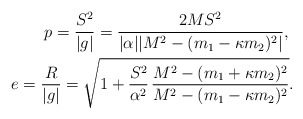
\begin{align*}p = \frac{S^2}{\vert g\vert} = \frac{2MS^2}{\vert \alpha \vert \vert M^2 -(m_1 - \kappa m_2)^2\vert },\ \\ \ e = \frac{R}{\vert g\vert} = \sqrt{1 + \frac{S^2}{\alpha ^2}\hspace*{0.06cm}\frac{M^2 - (m_1 + \kappa m_2)^2}{M^2 - (m_1 - \kappa m_2)^2}}.\end{align*}